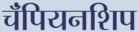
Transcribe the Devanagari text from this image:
चॅंपियनशिप